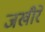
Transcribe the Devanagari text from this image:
जखीरें